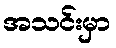
အသင်းမှာ